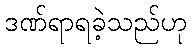
ဒဏ်ရာရခဲ့သည်ဟု